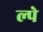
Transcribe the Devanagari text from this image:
ल्पे